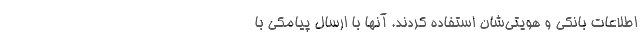
اطلاعات بانکی و هویتی‌شان استفاده کردند. آنها با ارسال پیامکی با